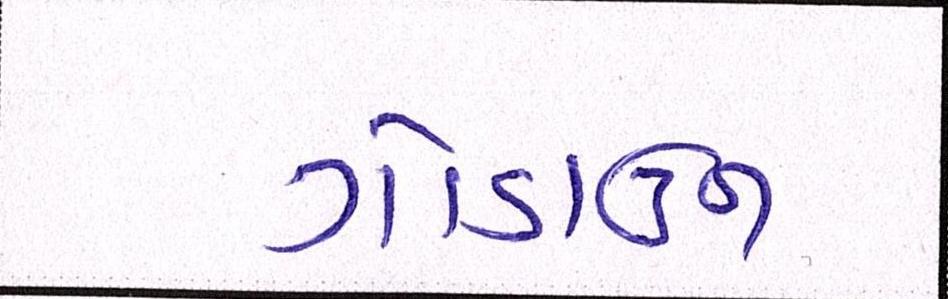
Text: ગોડાઉન